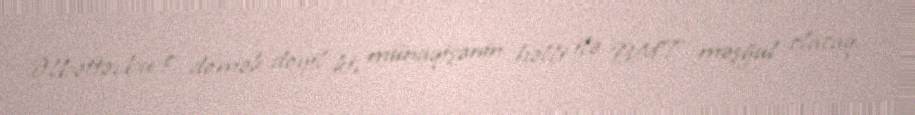
Əlbəttə, bu o demək deyil ki, münaqişənin həlli ilə BMT məşğul olacaq.